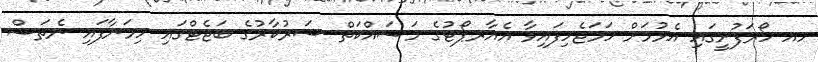
ހއ ހޯރަފުށީގައި އެޅުމަށް ހަމަޖެހިފައިވާ އެއާރޕޯޓުގެ މަސައްކަތް ސަރުކާރުގެ ބަޖެޓްގައި ހިމަނާފައި ނެތަސް